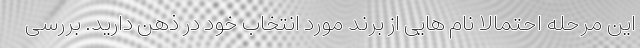
این مرحله احتمالا نام هایی از برند مورد انتخاب خود در ذهن دارید. بررسی